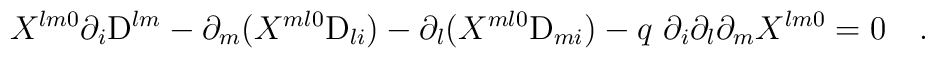
X^{l m 0} \partial_i {\rm D}^{l m} - \partial_m (X^{m l 0} {\rm D}_{l i}) -\partial_l(X^{m l 0} {\rm D}_{m i}) - q{~}\partial_i \partial_l \partial_m X^{l m 0}= 0 ~~~.